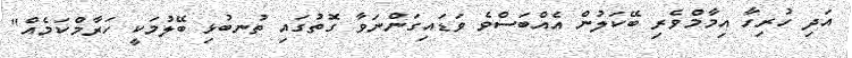
އަދި ހުރިހާ އިމާމްވެރި ބޭކަލުން އެއްބަސްވެ ވަޑައިގަންނަވާ ގޮތުގައި ތުނބުޅި ބޭލުމަކީ ހަރާމްކަމެއް"